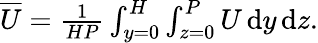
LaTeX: \begin{array}{r}{\overline{{U}}=\frac{1}{HP}\int_{y=0}^{H}\int_{z=0}^{P}U\, \mathrm{d}y\, \mathrm{d}z.}\end{array}